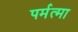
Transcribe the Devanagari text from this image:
पर्मत्मा